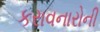
કરાવનારોની